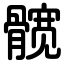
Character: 髋